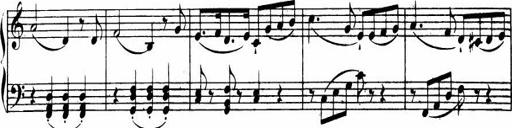
Title: Le bouquetier
Composer: Anton Diabelli
Key: G major
 C major
 F major
 C major